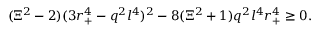
( \Xi ^ { 2 } - 2 ) ( 3 r _ { + } ^ { 4 } - q ^ { 2 } l ^ { 4 } ) ^ { 2 } - 8 ( \Xi ^ { 2 } + 1 ) q ^ { 2 } l ^ { 4 } r _ { + } ^ { 4 } \geq 0 .